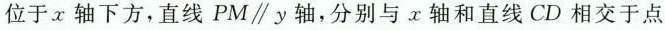
位于x轴下方，直线PM \parallel y轴，分别与x轴和直线CD相交于点